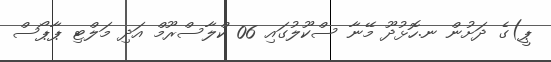
ޕީ)ގެ ދަށުން ނ.ހޮޅުދޫ މޭނާ ސްކޫލުގައި 06 ކްލާސްރޫމް އަދި މަލްޓި ޕާޕޯސް